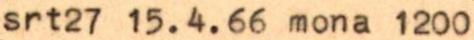
srt27 15.4.66 mona 1200